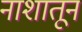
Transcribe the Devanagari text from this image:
नाशातून